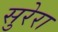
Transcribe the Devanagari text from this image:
सुरेरा